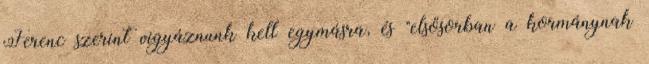
Ferenc szerint vigyáznunk kell egymásra, és "elsősorban a kormánynak